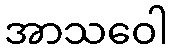
အာသဝေါ